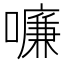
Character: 𠿳